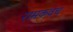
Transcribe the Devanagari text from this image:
रामकवचं